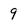
Character: 9